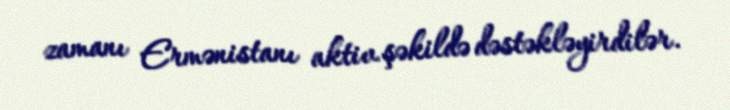
zamanı Ermənistanı aktiv şəkildə dəstəkləyirdilər.